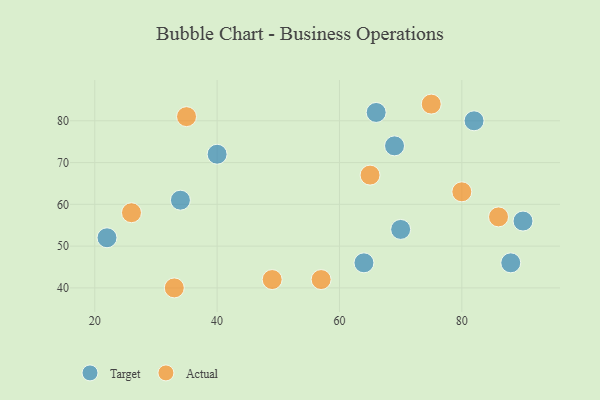
{"axis": {"x": "GDP", "y": "Life Expectancy"}, "legend": ["Actual", "Target"], "data": [{"x": "22", "y": 52, "type": "Target"}, {"x": "40", "y": 72, "type": "Target"}, {"x": "69", "y": 74, "type": "Target"}, {"x": "70", "y": 54, "type": "Target"}, {"x": "82", "y": 80, "type": "Target"}, {"x": "90", "y": 56, "type": "Target"}, {"x": "88", "y": 46, "type": "Target"}, {"x": "64", "y": 46, "type": "Target"}, {"x": "66", "y": 82, "type": "Target"}, {"x": "34", "y": 61, "type": "Target"}, {"x": "35", "y": 81, "type": "Actual"}, {"x": "86", "y": 57, "type": "Actual"}, {"x": "57", "y": 42, "type": "Actual"}, {"x": "75", "y": 84, "type": "Actual"}, {"x": "65", "y": 67, "type": "Actual"}, {"x": "49", "y": 42, "type": "Actual"}, {"x": "80", "y": 63, "type": "Actual"}, {"x": "33", "y": 40, "type": "Actual"}, {"x": "26", "y": 58, "type": "Actual"}]}